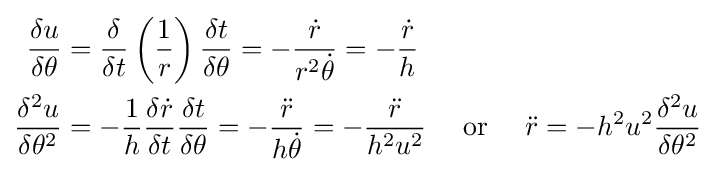
{\begin{aligned}{\frac {\delta u}{\delta \theta }}&={\frac {\delta }{\delta t}}\left({\frac {1}{r}}\right){\frac {\delta t}{\delta \theta }}=-{\frac {\dot {r}}{r^{2}{\dot {\theta }}}}=-{\frac {\dot {r}}{h}}\\{\frac {\delta ^{2}u}{\delta \theta ^{2}}}&=-{\frac {1}{h}}{\frac {\delta {\dot {r}}}{\delta t}}{\frac {\delta t}{\delta \theta }}=-{\frac {\ddot {r}}{h{\dot {\theta }}}}=-{\frac {\ddot {r}}{h^{2}u^{2}}}\ \ \ {\text{ or }}\ \ \ {\ddot {r}}=-h^{2}u^{2}{\frac {\delta ^{2}u}{\delta \theta ^{2}}}\end{aligned}}